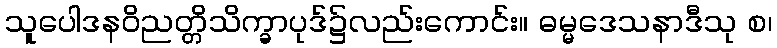
သူပေါဒနဝိညတ္တိသိက္ခာပုဒ်၌လည်းကောင်း။ ဓမ္မဒေသနာဒီသု စ၊